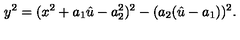
y ^ { 2 } = ( x ^ { 2 } + a _ { 1 } \hat { u } - a _ { 2 } ^ { 2 } ) ^ { 2 } - ( a _ { 2 } ( \hat { u } - a _ { 1 } ) ) ^ { 2 } .